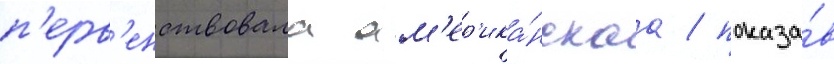
п'ерв'енствовала ам'ер'ика́нскаа / показа́в